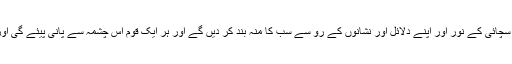
اور میرے فرقہ کے لوگ اِس قدر علم اور معرفت میں کمال حاصل کریں گے کہ اپنی سچائی کے نور اور اپنے دلائل اور نشانوں کے رُو سے سب کا مُنہ بند کر دیں گے اور ہر ایک قوم اس چشمہ سے پانی پیئے گی اور یہ سلسلہ زور سے بڑھے گا اور پھولے گا یہاں تک کہ زمین پر محیط ہو جاوے گا۔